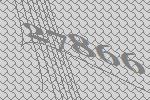
27866